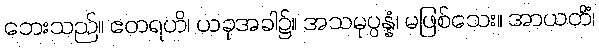
ဘေးသည်။ ဧတရဟိ၊ ယခုအခါ၌။ အသမုပ္ပန္နံ၊ မဖြစ်သေး။ အာယတိံ၊